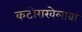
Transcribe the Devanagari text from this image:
कटोराखेलावा